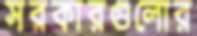
সরকারগুলোর